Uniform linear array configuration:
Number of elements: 32
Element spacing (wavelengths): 0.5
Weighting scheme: exponential
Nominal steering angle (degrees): -45
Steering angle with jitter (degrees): -43.164
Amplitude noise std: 0.05
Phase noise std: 0.05

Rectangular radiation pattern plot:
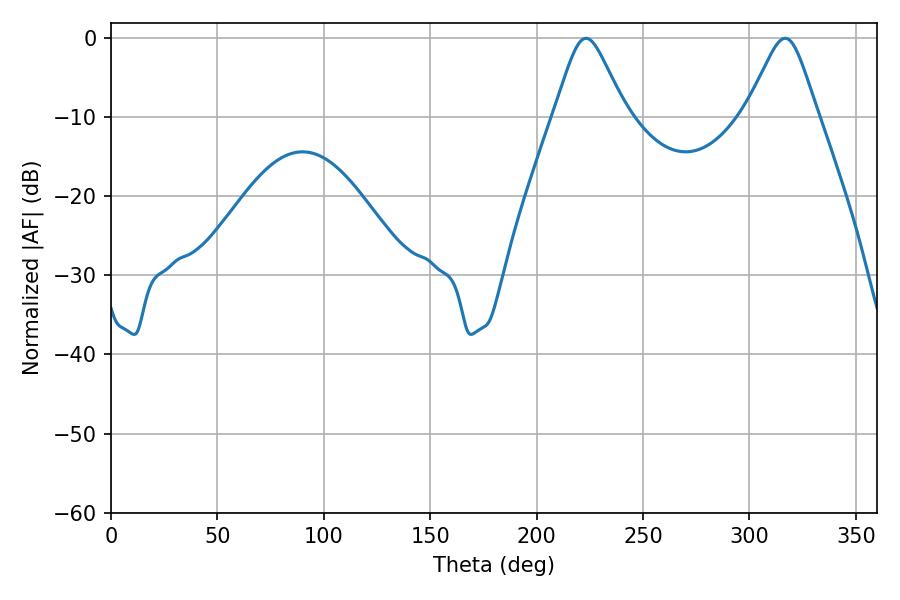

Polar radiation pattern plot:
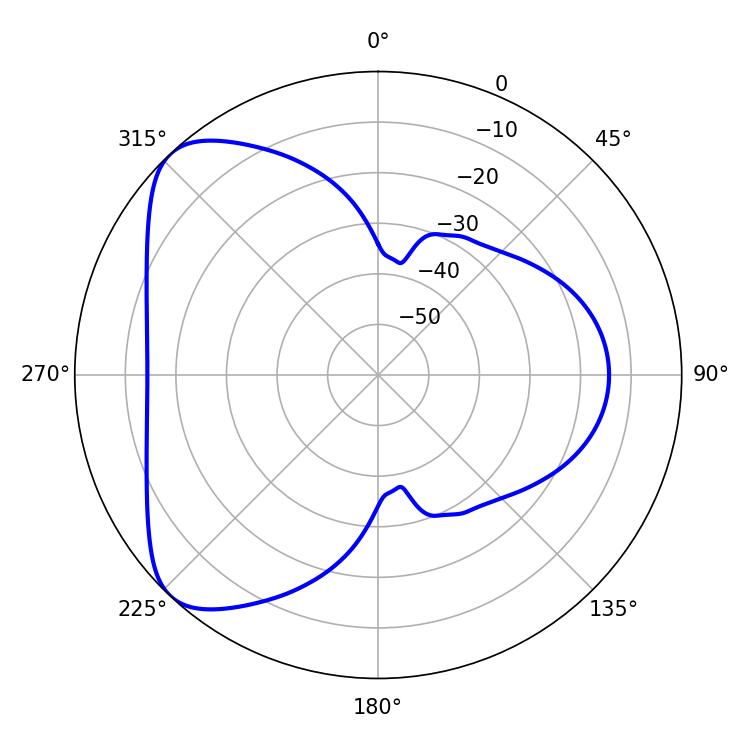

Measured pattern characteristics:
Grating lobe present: FALSE
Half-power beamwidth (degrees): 16.2
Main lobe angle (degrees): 223.2